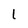
Character: 1